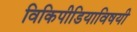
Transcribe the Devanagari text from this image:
विकिपीडियाविषयी